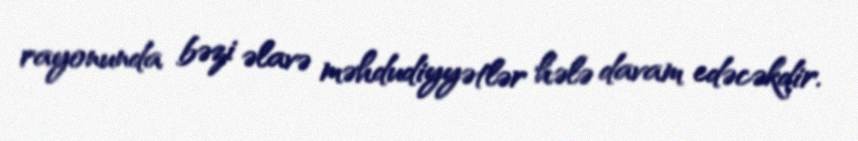
rayonunda bəzi əlavə məhdudiyyətlər hələ davam edəcəkdir.